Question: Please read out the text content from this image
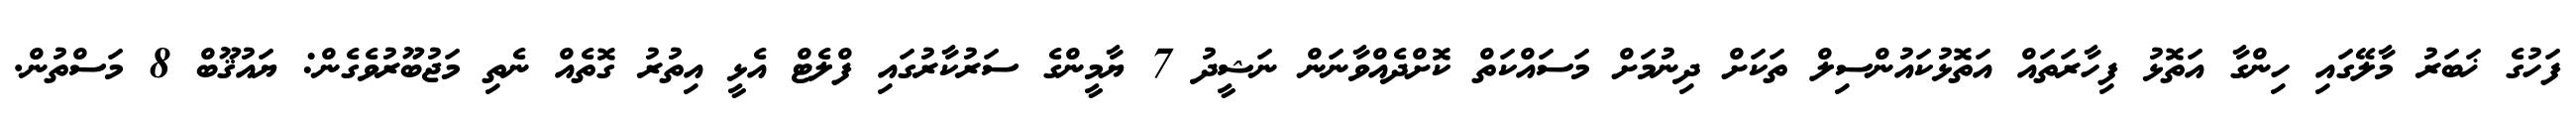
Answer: ފަހުގެ ޚަބަރު މާލޭގައި ހިންގާ އަތޮޅު ފިހާރަތައް އަތޮޅުކައުންސިލް ތަކަށް ދިނުމަށް މަސައްކަތް ކޮށްދެއްވާނަން ނަޝީދު 7 ޔާމީންގެ ސަރުކާރުގައި ފްލެޓް އެޅީ އިތުރު ގޮތެއް ނެތި މަޖުބޫރުވެގެން: ޔައުޤޫބް 8 މަސްތުން.